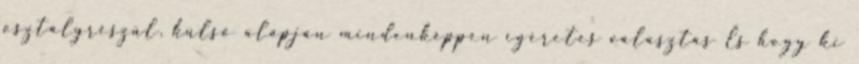
osztályrészül, külső alapján mindenképpen ígéretes választás És hogy ki